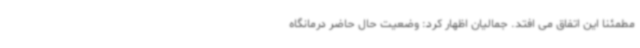
مطمئنا این اتفاق می افتد. جمالیان اظهار کرد: وضعیت حال حاضر درمانگاه